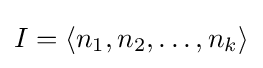
I=\langle n_{1},n_{2},\ldots ,n_{k}\rangle